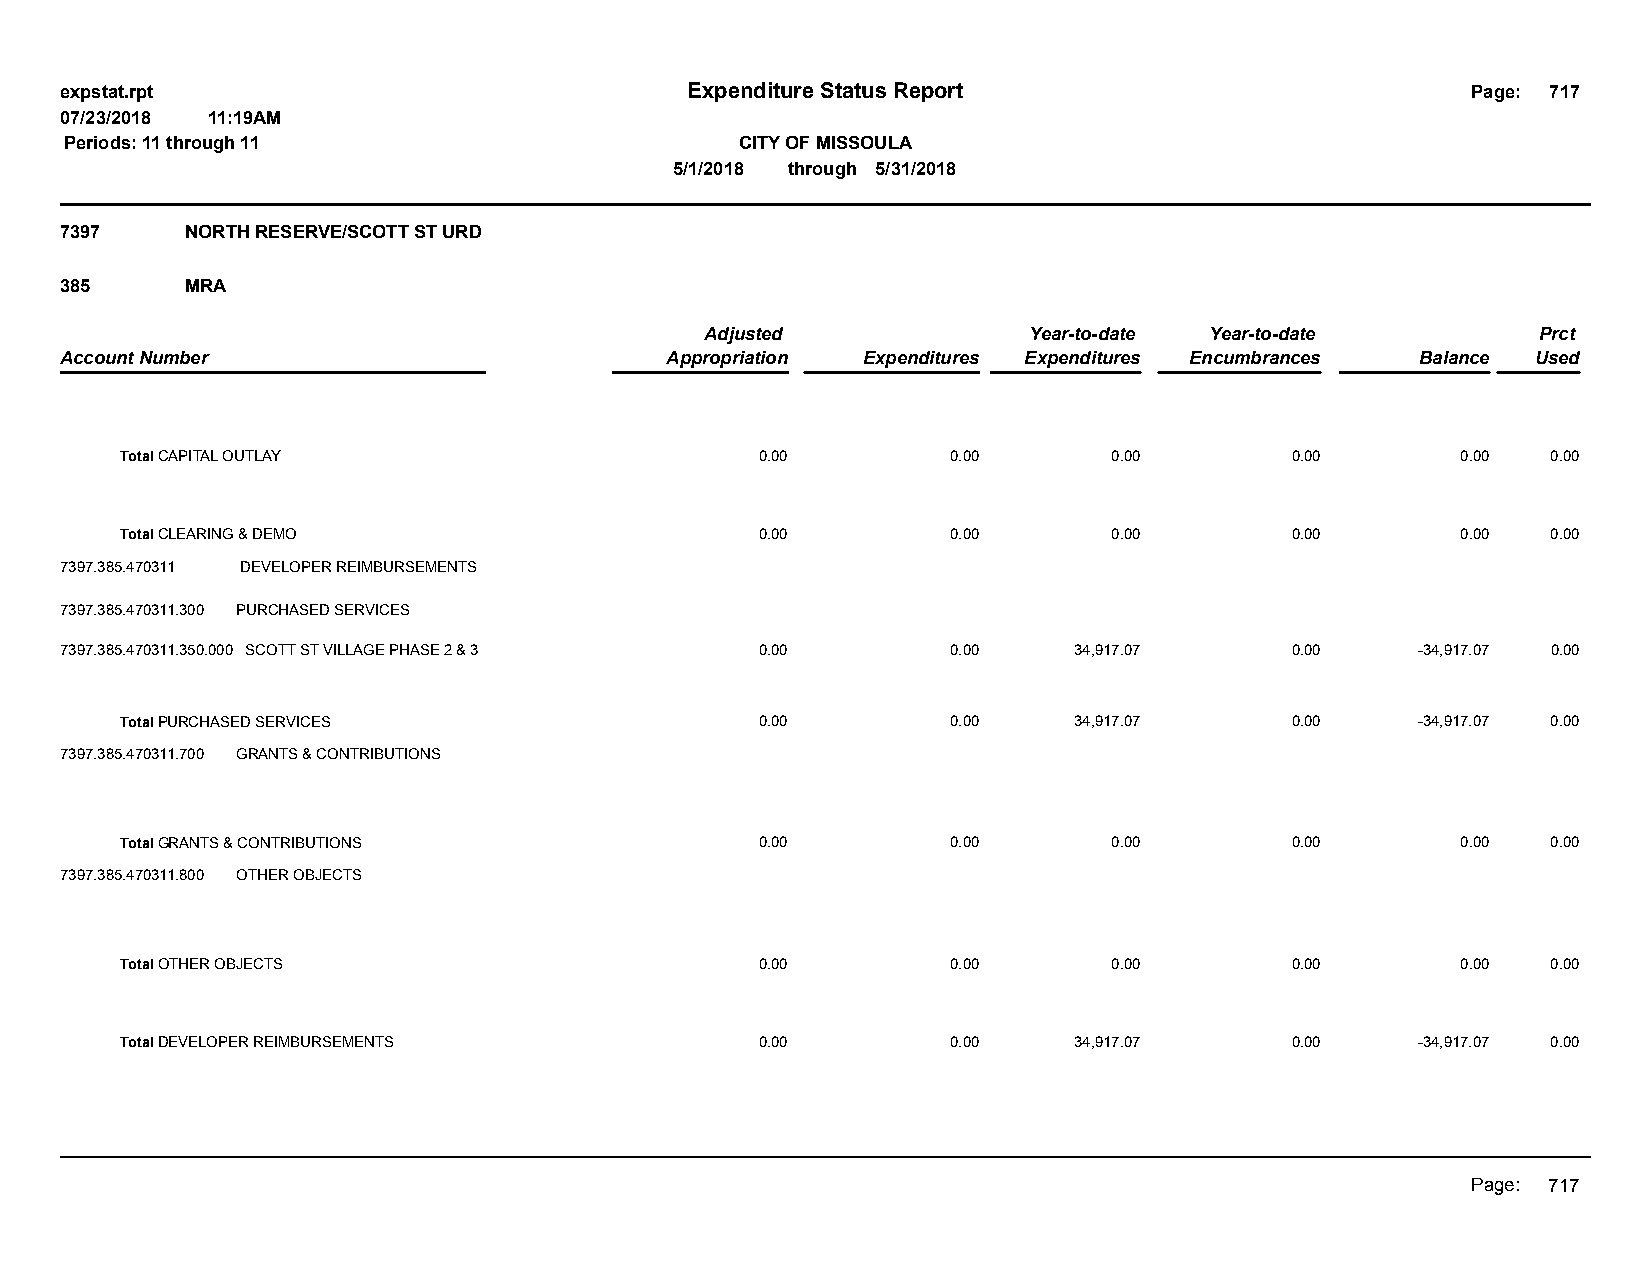
expstat.rpt                              Expenditure Status Report                           Page: 717
 07/23/2018 11:19AM
 Periods: 11 through 11                       CITY OF MISSOULA
 5/1/2018 through 5/31/2018
 7397    NORTH RESERVE/SCOTT ST URD
 385     MRA
 Adjusted             Year-to-date Year-to-date         Prct
 Account Number                          Appropriation Expenditures Expenditures Encumbrances Balance Used
 Total CAPITAL OUTLAY                      0.00         0.00       0.00       0.00        0.00  0.00
 Total CLEARING & DEMO                     0.00         0.00       0.00       0.00        0.00  0.00
 7397.385.470311 DEVELOPER REIMBURSEMENTS
 7397.385.470311.300 PURCHASED SERVICES
 7397.385.470311.350.000 SCOTT ST VILLAGE PHASE 2 & 3 0.00  0.00    34,917.07     0.00     -34,917.07 0.00
 Total PURCHASED SERVICES                  0.00         0.00    34,917.07     0.00     -34,917.07 0.00
 7397.385.470311.700 GRANTS & CONTRIBUTIONS
 Total GRANTS & CONTRIBUTIONS              0.00         0.00       0.00       0.00        0.00  0.00
 7397.385.470311.800 OTHER OBJECTS
 Total OTHER OBJECTS                       0.00         0.00       0.00       0.00        0.00  0.00
 Total DEVELOPER REIMBURSEMENTS            0.00         0.00    34,917.07     0.00     -34,917.07 0.00
 Page: 717